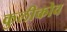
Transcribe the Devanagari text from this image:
कुलीकोव